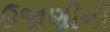
ઉજાણીનો